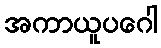
အကာယူပဂေါ